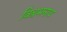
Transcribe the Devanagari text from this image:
विश्वभनाथ